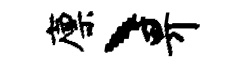
廪丶畀